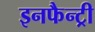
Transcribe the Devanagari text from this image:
इनफैन्ट्री